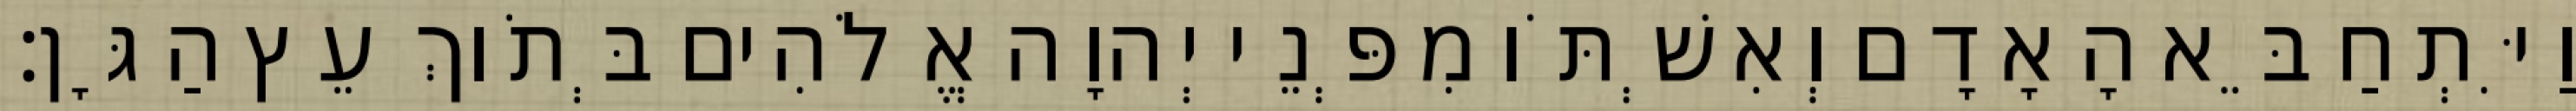
וַיִּתְחַבֵּא הָאָדָם וְאִשְׁתֹּו מִפְּנֵי יְהוָה אֱלֹהִים בְּתֹוךְ עֵץ הַגָּן׃